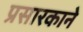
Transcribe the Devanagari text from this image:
प्रसारकाने